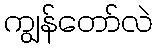
ကျွန်တော်လဲ